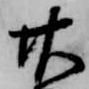
廿